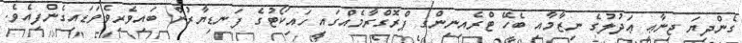
ގެންދިޔަ ޖިނާޢީ ޢަދުލުގެ ނިޒާމާއި ބެހޭ ޓްރެއިނިންގ ޕްރޮގްރާމެއްގައި ހައިކޯޓުގެ ފަނޑިޔާރުން ބައިވެރިވެވަޑައިގެންފިއެވެ.